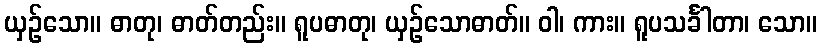
ယှဉ်သော။ ဓာတု၊ ဓာတ်တည်း။ ရူပဓာတု၊ ယှဉ်သောဓာတ်။ ဝါ၊ ကား။ ရူပသင်္ခါတာ၊ သော။